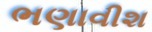
ભણાવીશ